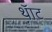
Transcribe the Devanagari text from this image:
थ़ॅाट